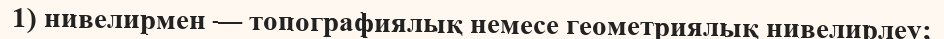
1) нивелирмен — топографиялық немесе геометриялық нивелирлеу;